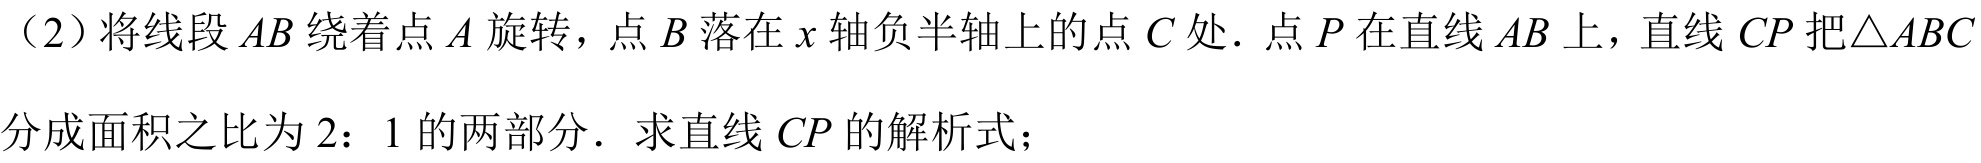
（2）将线段\(AB\)绕着点\(A\)旋转，点\(B\)落在\(x\)轴负半轴上的点\(C\)处．点\(P\)在直线\(AB\)上，直线\(CP\)把\(\triangle ABC\)分成面积之比为\(2：1\)的两部分．求直线\(CP\)的解析式；